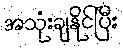
အသုံးချနိုင်ပြီး